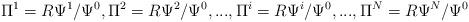
LaTeX: \begin{align*}\Pi^1=R\Psi^1 / \Psi^0,\Pi^2=R\Psi^2 / \Psi^0,...,\Pi^i=R\Psi^i / \Psi^0,...,\Pi^N=R\Psi^N / \Psi^0\end{align*}